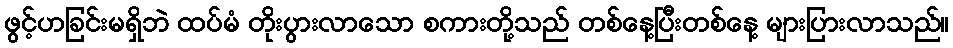
ဖွင့်ဟခြင်းမရှိဘဲ ထပ်မံ တိုးပွားလာသော စကားတို့သည် တစ်နေ့ပြီးတစ်နေ့ များပြားလာသည်။